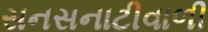
સનસનાટીવાળી